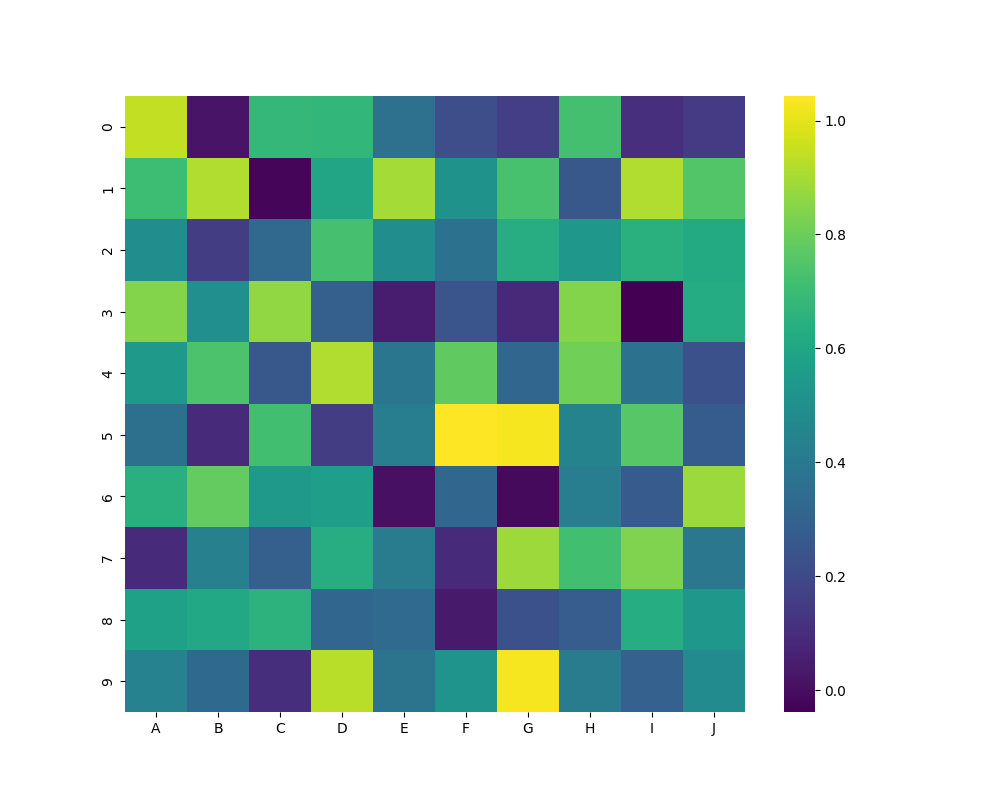
python, seaborn, heatmap, cmap='viridis', linewidths=0.0, center=none